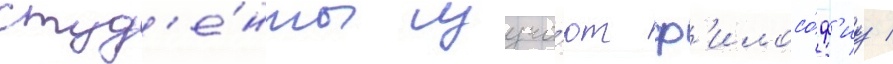
студ'е́нты изуча́ют ф'илосо́ф'иу /